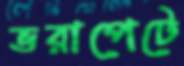
ভরাপেটে